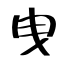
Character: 曳